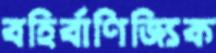
বহির্বাণিজ্যিক